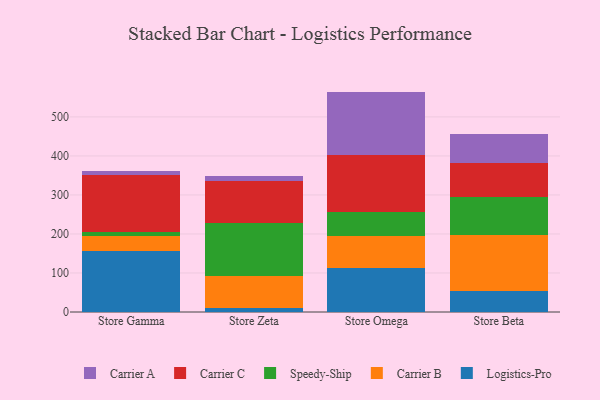
{"axis": {"x": "Store", "y": "Population (Million)"}, "legend": ["Carrier A", "Carrier B", "Carrier C", "Logistics-Pro", "Speedy-Ship"], "data": [{"x": "Store Gamma", "y": 155.2, "type": "Logistics-Pro"}, {"x": "Store Gamma", "y": 40.8, "type": "Carrier B"}, {"x": "Store Gamma", "y": 8.2, "type": "Speedy-Ship"}, {"x": "Store Gamma", "y": 146.4, "type": "Carrier C"}, {"x": "Store Gamma", "y": 11.0, "type": "Carrier A"}, {"x": "Store Zeta", "y": 9.2, "type": "Logistics-Pro"}, {"x": "Store Zeta", "y": 82.6, "type": "Carrier B"}, {"x": "Store Zeta", "y": 137.6, "type": "Speedy-Ship"}, {"x": "Store Zeta", "y": 107.5, "type": "Carrier C"}, {"x": "Store Zeta", "y": 11.6, "type": "Carrier A"}, {"x": "Store Omega", "y": 111.9, "type": "Logistics-Pro"}, {"x": "Store Omega", "y": 83.1, "type": "Carrier B"}, {"x": "Store Omega", "y": 62.1, "type": "Speedy-Ship"}, {"x": "Store Omega", "y": 145.1, "type": "Carrier C"}, {"x": "Store Omega", "y": 162.7, "type": "Carrier A"}, {"x": "Store Beta", "y": 53.6, "type": "Logistics-Pro"}, {"x": "Store Beta", "y": 143.2, "type": "Carrier B"}, {"x": "Store Beta", "y": 97.2, "type": "Speedy-Ship"}, {"x": "Store Beta", "y": 88.3, "type": "Carrier C"}, {"x": "Store Beta", "y": 73.5, "type": "Carrier A"}]}